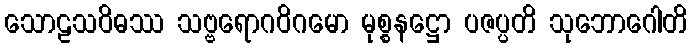
သောဠသဝိဓဿ သဗ္ဗရောဂဝိဂမော မုစ္စနဋ္ဌော ပဇပ္ပတိ သုဘောဂေါတိ